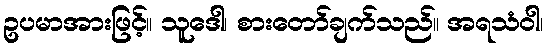
ဥပမာအားဖြင့်။ သူဒေါ၊ စားတော်ချက်သည်။ အရသံဝါ၊